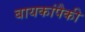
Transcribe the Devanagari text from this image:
बायकांपैकी